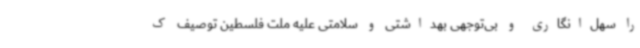
را سهل‌انگاری و بی‌توجهی بهداشتی و سلامتی علیه ملت فلسطین توصیف ک